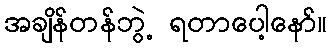
အချိန်တန်ဘွဲ့ ရတာပေါ့နော်။